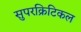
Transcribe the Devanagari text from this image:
सुपरक्रिटिकल